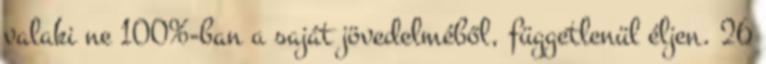
valaki ne 100%-ban a saját jövedelméből, függetlenül éljen. 26